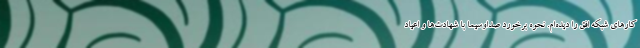
کارهای شبکه افق را دیده‌ام. نحوه برخورد صداوسیما با شهادت‌ها و اعیاد